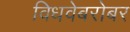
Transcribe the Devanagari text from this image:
विधवेबरोबर